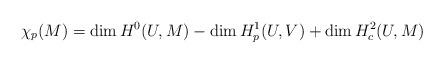
LaTeX: \begin{align*} \chi_p(M)=\dim H^0(U,M)-\dim H^1_p(U,V)+\dim H^2_c(U,M)\end{align*}